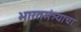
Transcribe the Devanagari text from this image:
भारतमंत्र्याचा